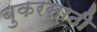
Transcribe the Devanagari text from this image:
बुकरसाठी